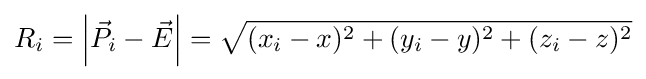
R_{i}=\left|{\vec {P}}_{i}-{\vec {E}}\right|={\sqrt {(x_{i}-x)^{2}+(y_{i}-y)^{2}+(z_{i}-z)^{2}}}